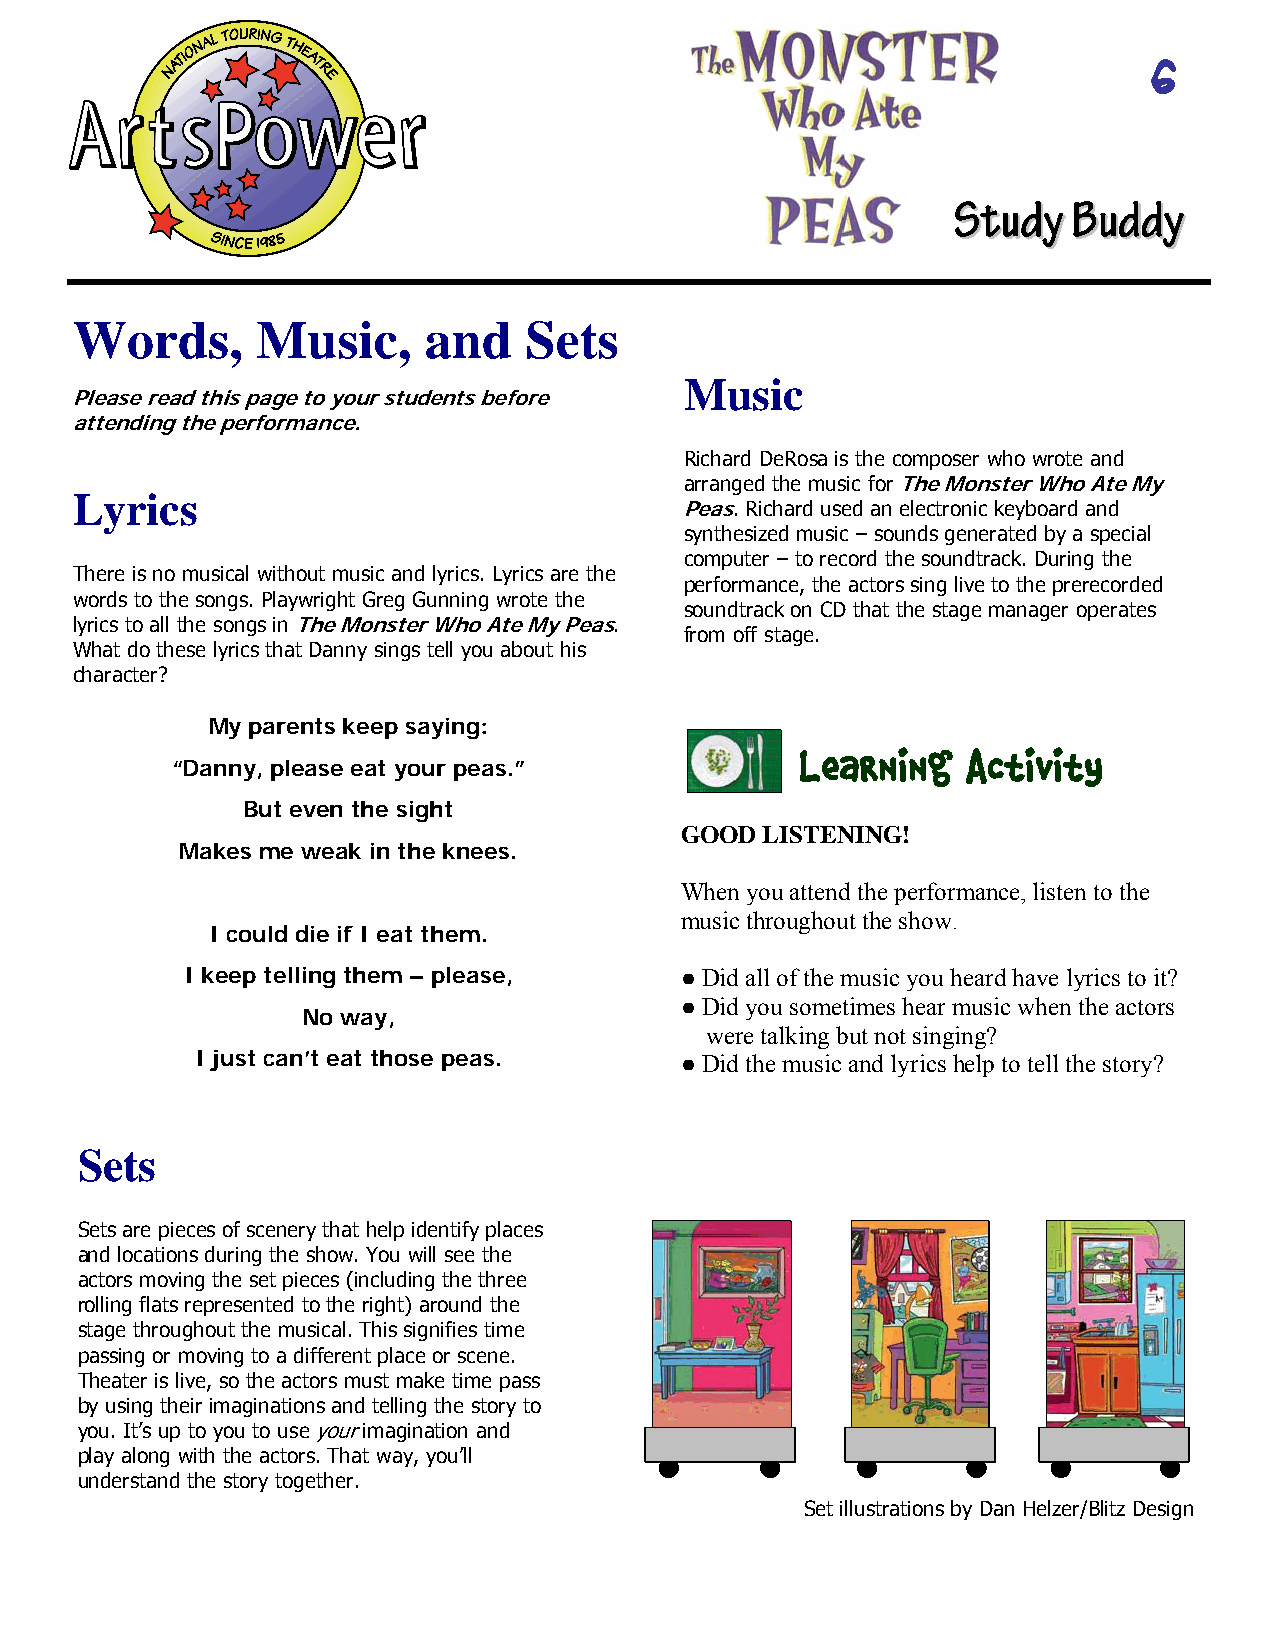
6
 SSttuuddyyBBuuddddyy
 Words,      Music,     and    Sets
 Music
 P lease read this page to your students before
 attending th e performance.
 Richard DeRosa is the composer who wrote and
 arranged the music for The Monster Who Ate My
 Lyrics
 Peas. Richard used an electronic keyboard and
 synthesized music – sounds generated by a special
 computer – to record the soundtrack. During the
 There is no musical without music and lyrics. Lyrics are the
 performance, the actors sing live to the prerecorded
 words to the songs. Playwright Greg Gunning wrote the
 soundtrack on CD that the stage manager operates
 lyrics to all th e songs in The Monster Who Ate My Peas.
 from off stage.
 What do thes e lyrics that Danny sings tell you about his
 character?
 My parents keep saying:
 “Danny, please eat your peas.”            Learning   Activity
 But even the sight
 GOOD  LISTENING!
 Makes me weak in the knees.
 When you attend the performance, listen to the
 music throughout the show.
 I could die if I eat them.
 I keep telling them – please,    ● Did all of the music you heard have lyrics to it?
 ● Did you sometimes hear music when the actors
 No way,
 were talking but not singing?
 I just can’t eat those peas.    ● Did the music and lyrics help to tell the story?
 Sets
 Sets are pieces of scenery that help identify places
 and locations during the show. You will see the
 actors moving the set pieces (including the three
 rolling flats represented to the right) around the
 stage throughout the musical. This signifies time
 passing or moving to a different place or scene.
 Theater is live, so the actors must make time pass
 by using their imaginations and telling the story to
 you. It’s up to you to use your imagination and
 play along with the actors. That way, you’ll
 understand the story together.
 Set illustrations by Dan Helzer/Blitz Design